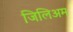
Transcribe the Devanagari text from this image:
जिलिअम